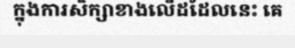
ក្នុងការសិក្សាខាងលើដដែលនេះ គេ